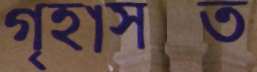
গৃহাসক্ত